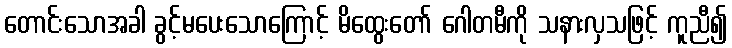
တောင်းသောအခါ ခွင့်မပေးသောကြောင့် မိထွေးတော် ဂေါတမီကို သနားလှသဖြင့် ကူညီ၍